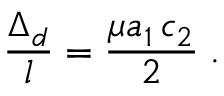
\frac { \Delta _ { d } } { l } = \frac { \mu a _ { 1 } \, c _ { 2 } } { 2 } \; .